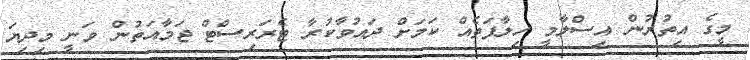
މީގެ އިތުރުން އިސްލާމީ ހިލާފަތެއް ކަމަށް ދައުވާކުރާ ޓެރަރިސްޓް ޖަމާއަތުން ވަނީ މިދިޔަ